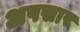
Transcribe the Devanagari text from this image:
अपसार